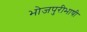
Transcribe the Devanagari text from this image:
भोजपुरीभाषी